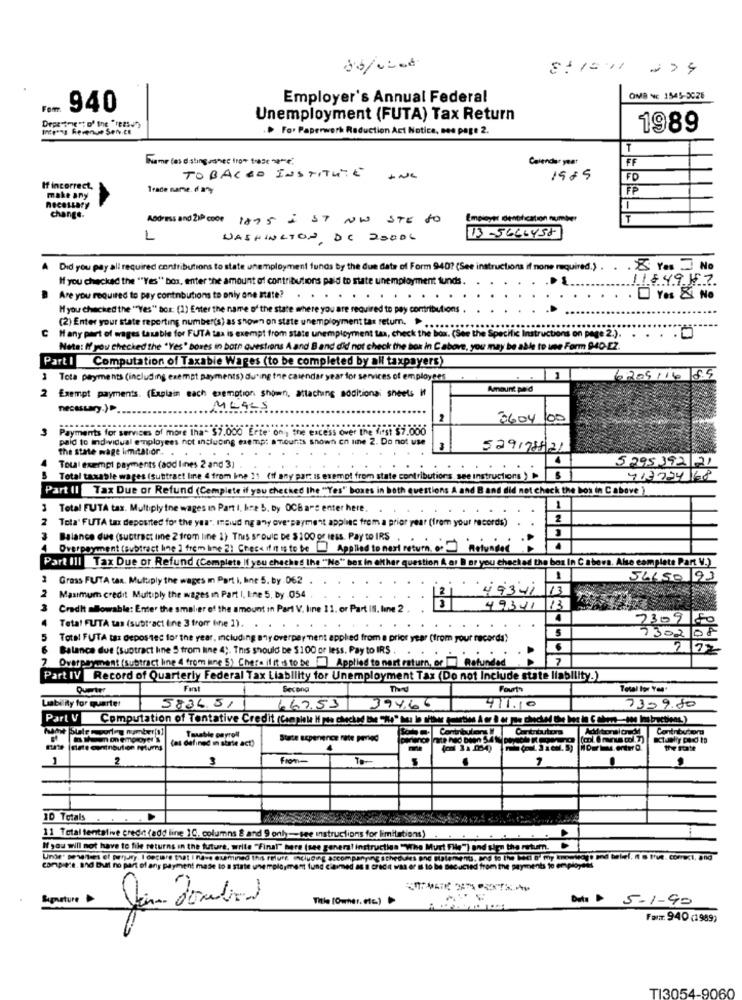
Employer's Annual Federal
OMB NE 1545-3026
940
Department of the "reas.")
Unemployment (FUTA) Tax Return
For Paperwork Reduction Act Notice, noe page 2.
1989
T
Name (es disting shec tro* frase ***;
Calendar year
FF
TOBACCO INSTITUTE ING
1985
FD
If incorrect,
Trade name. day
FP
make any
changs.
Address and ZIP code 1875 = ST NW STE TO
Empiaytt denotication number
T
L
WASHINGTON DC 2000L
13-5666458]
Did you pay all required contributions to state unemployment funds by the due date of Form 940? (See instructions if none required.) . . . > Yas No
If you checked the ""Yes" box, enterthe amount of contributions paid to state unemployment tunds.
1849157
Are you required to pay contobutions to only one state? . . . . . . . . .
YOs & No
If you checked the ""Yes" box: (1) Enter the name of the state where you are required to pay contributions
(2) Enter your state reporting number(s) as shown on state unemployment tas retum. . ...........
C H any part of wages taxable for FUTA tax is exempt from state unemployment taa, check the box. (See the Specific Instructions on page 2.).
. .
Note: If you checked the 'Yes' bores in both questions A and B and did not check the box in C above, you may be able to use Form 940-CZ.
Part I Computation of Taxable Wages (to be completed by all taxpayers)
3 Tota payments (including exempt payments) during the calendar year for services of employees
6209/14
2 Exempt payments. (Explain each exemption shown, attaching additional sheets If
Amount paid
MLAES
3604100
3
Payments for services of more than $7.000 Erte' on; the excess over the first $7.000
paid to individual employees not inclucing exemp: amounts shown on line 2. Do not use
the state wage limitabor .. .
529178831
Total exempt payments (aod lines 2 and 3)
5295392 21
Total taxable wages (Subtract line 4 from bine 21 (if any part is exempt from state contributions. see instructions )
713724 168
Part II Tax Due or Refund (Complete if you checked the "Yes" boxes in both questions A and B and did not check the bos in C above )
Total FUTA tax. Multiplythe wages in Part I, kre 5. by OCBars enter here.
2
Tota' FUTA tax deposited for the year. mpluding any over payment applies from a prior year (from your records)
2
Balance dus (suotract line 2 from line 1) This SPOUIC De $100 or less. Pay to IRS
Overpayment ( subtract line ) from line 2) Chees if it is to Be Applied to next return of Rotundas
Part III Tax Due or Refund (Complete If you checked the "No" bes in either question A ar B or you checkad the box In C sbovs. Also complete Part V.)
Grass FUTA tax. Mutuply the wages in Part i, hne 5. by. 062
54450 93
49341
13
2
Maximum credit Multiply the wages in Part I, kne 5, by .054
3
Credit allowable: Enter the smaller of the amount in Part V. line 11, or Part IS. line 2.
49341
13
4
Total FUTA tas (subit"act line 3 from the 1). .
7309
7302 08
Total FUTA tas depos ted for the year, including any overpayment applied from a prior year (from your recorda)
Balance due (suotract line 5 from line 4). This should be $100 or less. Pay to IRS .
Overpayment (subtract line 4 from ine 5) Chera if it is to be ] Applied to nart raturn, er | Refunded
7
Part IV |Record of Quarterly Federal Tax Liability for Unemployment Tax (Do not Include state liability.)
First
Second
Fourty
Liability for quarter
5836.51
667.53 394.66
667.53
394.66
1399.80
Part V|Computation of Tentative Credit (Complele Hi pos checked the "Me" has In shiher peurtion A or B or pae checked the bez in C abant -- the Instructions.)
hallot |Slate mooring number[a]
Taxable payroll
Contributors Cortrouters
Adlitorsionrd Contributom
(as defined in state act)
State acpenence rate peried
Ett |date contnouten returns
the state
1
2
3
From-
1
ID Totals
11 Total tentalive crede (add line 10, columns & and 9 only-see instructions for limitations)
If you will not have to file returns in the future, write "Final" bere (see general instruction " whe Murt File") and sign the return.
Unde' pewantes of perjury. I declare that I na-e eumined
and telef, is true. correct, and
compiere. and Buat no part of any payment made to a state unemployme
m fund
Iwas er m to be Bec acted from the
payments to employees
Signature
Title (Owner. etc)
Date 5-1-90
FarTT: 940 (1989)
TI3054-9060